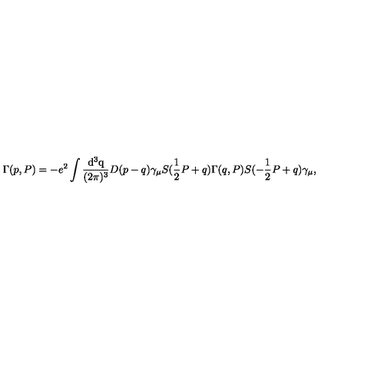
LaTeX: \Gamma ( p , P ) = - e ^ { 2 } \int \mathrm { \frac { d ^ 3 q } { ( 2 \pi ) ^ 3 } } D ( p - q ) \gamma _ { \mu } S ( \mathrm { \frac { 1 } { 2 } } P + q ) \Gamma ( q , P ) S ( - \mathrm { \frac { 1 } { 2 } } P + q ) \gamma _ { \mu } ,